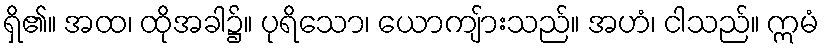
ရှိ၏။ အထ၊ ထိုအခါ၌။ ပုရိသော၊ ယောကျ်ားသည်။ အဟံ၊ ငါသည်။ ဣမံ